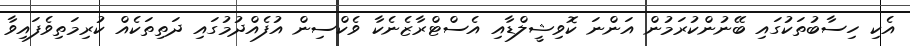
އެކި ހިސާބުތަކުގައި ބޭނުންކުރަމުން އަންނަ ކޮވިޝީލްޑާއި އެެސްޓްރާޒެނެކާ ވެކްސިން އުފެއްދުމުގައި ދަތިތަކެއް ކުރިމަތިވެފައިވާ